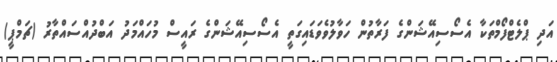
އަދި ޕްލެޓްފޯމްތަކާ އެސޯސިއޭޝަންގެ ފަރާތުން ހަވާލުވެވަޑައިގަތީ އެސޯސިއޭޝަންގެ ރައީސް މުހައްމަދު އަބްދުއްސައްތާރު (ޗަމްޕީ)